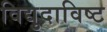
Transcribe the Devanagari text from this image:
विद्युदाविष्ट